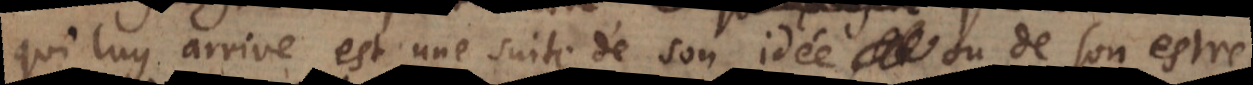
qui luy arrive est une suite de son idée ou de son estre,